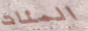
المئات